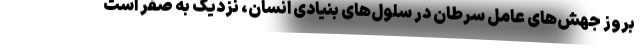
بروز جهش‌های عامل سرطان در سلول‌های بنیادی انسان، نزدیک به صفر است